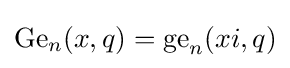
{\text{Ge}}_{n}(x,q)={\text{ge}}_{n}(xi,q)